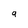
Character: 9